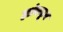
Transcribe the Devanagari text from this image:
ह्यांकढून